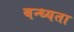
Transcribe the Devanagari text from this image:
बन्ध्यता